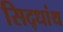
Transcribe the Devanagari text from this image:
सिद्धांथ